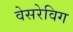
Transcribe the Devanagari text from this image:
वेसरेविग